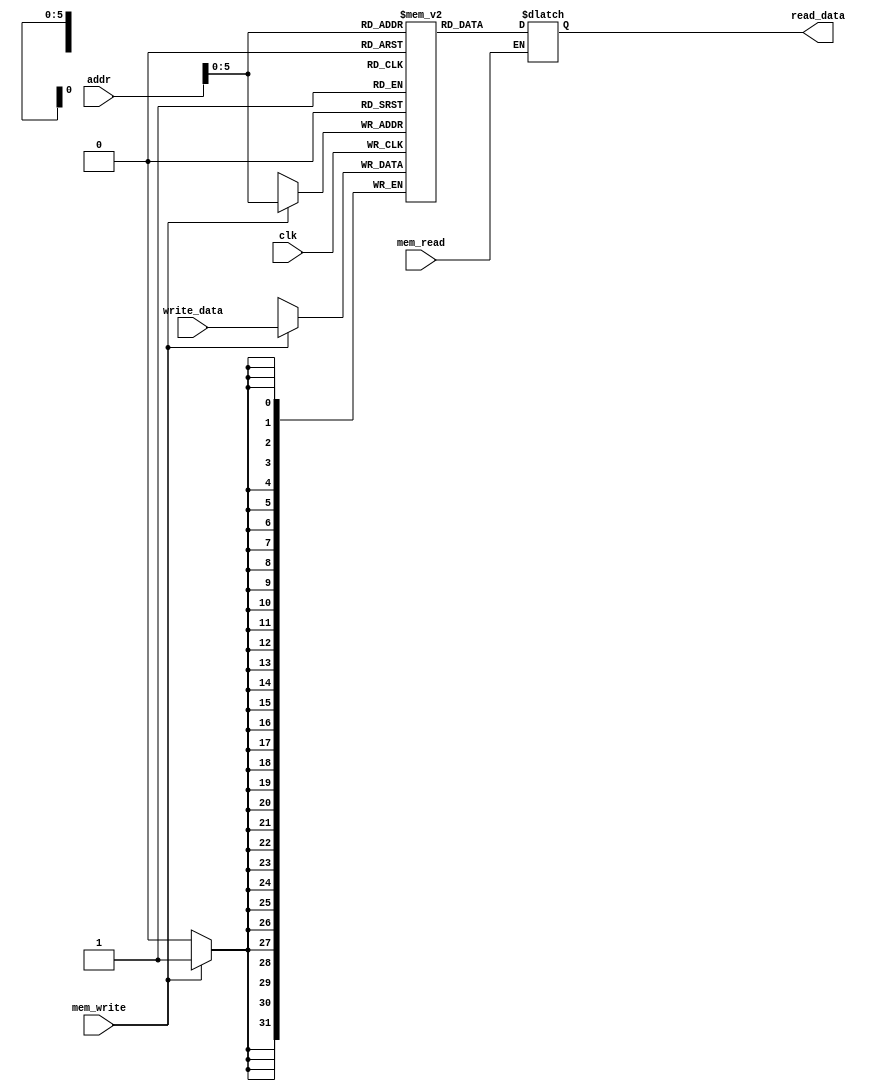
`timescale 1ns / 1ps 
//////////////////////////////////////////////////////////////////////////////////
// Company:
// Engineer:
//
// Design Name:
// Module Name: DataMemory
// Project Name:
// Target Devices:
// Tool Versions:
// Description:
//
// Dependencies:
//
// Revision:
// Revision 0.01 - File Created
// Additional Comments:
//
//////////////////////////////////////////////////////////////////////////////////


module DataMemory(
           input clk,
           input [31: 0] addr,
           input [31: 0] write_data,
           input mem_write,
           input mem_read,
           output reg [31: 0] read_data
       );

reg [31: 0] mem_file[63: 0];

// read
// also update at negedge of mem_write
always @(addr or mem_read
             or mem_write) begin
    if (mem_read)
        read_data = mem_file[addr];
end

// write
always @(negedge clk) begin
    if (mem_write)
        mem_file[addr] = write_data;
end

initial begin: dataInit
    integer i;
    for (i = 0 ; i < 64 ; i = i + 1)
        mem_file[i] = 0;
    read_data = 0;
end

endmodule